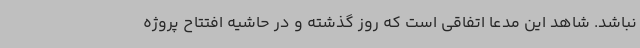
نباشد. شاهد این مدعا اتفاقی است که روز گذشته و در حاشیه افتتاح پروژه